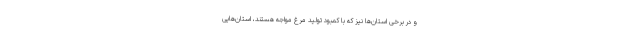
و در برخی استان‌ها نیز که با کمبود تولید مرغ مواجه هستند، استان‌هایی